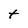
Character: t